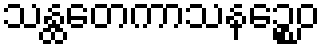
သန္ထတေကာသနဉ္စေဝ